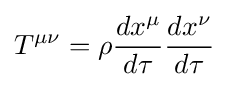
T^{\mu \nu }=\rho {dx^{\mu } \over d\tau }{dx^{\nu } \over d\tau }